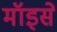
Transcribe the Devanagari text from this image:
मॉइसे